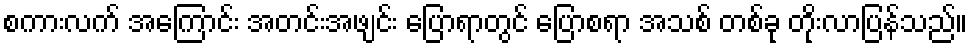
စကားလက် အကြောင်း အတင်းအဖျင်း ပြောရာတွင် ပြောစရာ အသစ် တစ်ခု တိုးလာပြန်သည်။